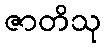
ဇာတိသု